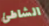
الشاطئ